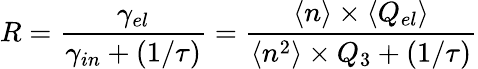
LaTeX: R=\frac{\gamma_{el}}{\gamma_{in}+(1/\tau)}=\frac{\langle n\rangle\times\langle Q_{el}\rangle}{\langle n^{2}\rangle\times Q_{3}+(1/\tau)}